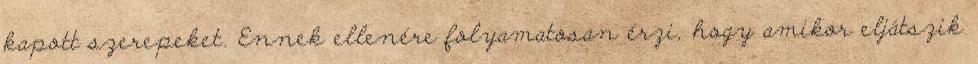
kapott szerepeket. Ennek ellenére folyamatosan érzi, hogy amikor eljátszik